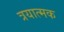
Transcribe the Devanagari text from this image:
त्रयात्मक